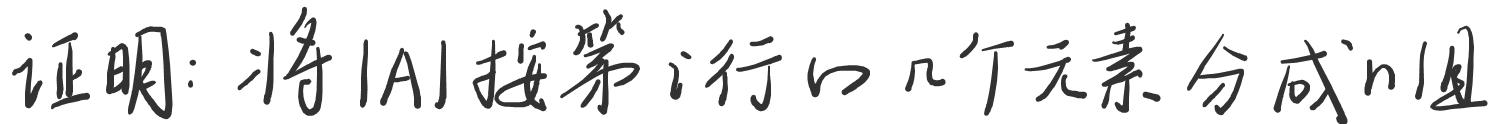
证明：将$|A|$按第$i$行的$n$个元素分成$n$组